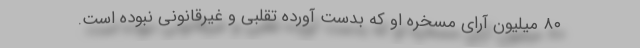
۸۰ میلیون آرای مسخره او که بدست آورده تقلبی و غیرقانونی نبوده است.